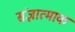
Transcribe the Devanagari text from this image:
संज्ञात्माक